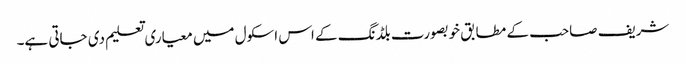
شریف صاحب کے مطابق خوبصورت بلڈنگ کے اس اسکول میں معیاری تعلیم دی جاتی ہے۔